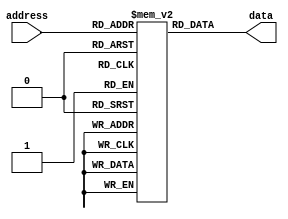
module rom (
    input [7:0] address,
    output reg [7:0] data
);

reg [7:0] memory [0:255];

initial begin
    // Initialize the ROM with data values
    memory[0] = 8'b00000000;
    memory[1] = 8'b00000001;
    memory[2] = 8'b00000010;
    // Add more initial values as needed
end

always @* begin
    // Decode the data based on the input address
    data = memory[address];
end

endmodule